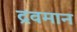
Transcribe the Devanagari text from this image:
द्रवमान